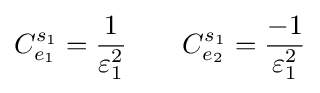
C_{e_{1}}^{s_{1}}={\frac {1}{\varepsilon _{1}^{2}}}\qquad C_{e_{2}}^{s_{1}}={\frac {-1}{\varepsilon _{1}^{2}}}